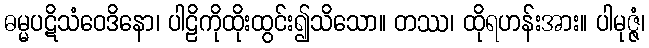
ဓမ္မပဋိသံဝေဒိနော၊ ပါဠိကိုထိုးထွင်း၍သိသော။ တဿ၊ ထိုရဟန်းအား။ ပါမုဇ္ဇံ၊